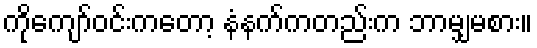
ကိုကျော်ဝင်းကတော့ နံနက်ကတည်းက ဘာမျှမစား။